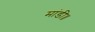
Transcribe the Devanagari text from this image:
मांडी॥